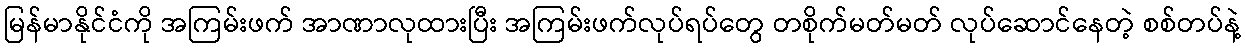
မြန်မာနိုင်ငံကို အကြမ်းဖက် အာဏာလုထားပြီး အကြမ်းဖက်လုပ်ရပ်တွေ တစိုက်မတ်မတ် လုပ်ဆောင်နေတဲ့ စစ်တပ်နဲ့